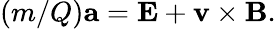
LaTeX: (m/Q)\mathbf{a}=\mathbf{E}+\mathbf{v}\times\mathbf{B}.